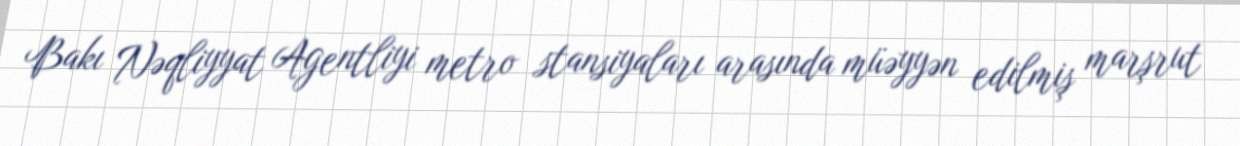
Bakı Nəqliyyat Agentliyi metro stansiyaları arasında müəyyən edilmiş marşrut